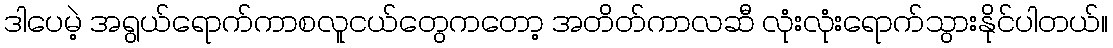
ဒါပေမဲ့ အရွယ်ရောက်ကာစလူငယ်တွေကတော့ အတိတ်ကာလဆီ လုံးလုံးရောက်သွားနိုင်ပါတယ်။